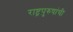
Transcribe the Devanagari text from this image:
राष्ट्रपुरुषांची